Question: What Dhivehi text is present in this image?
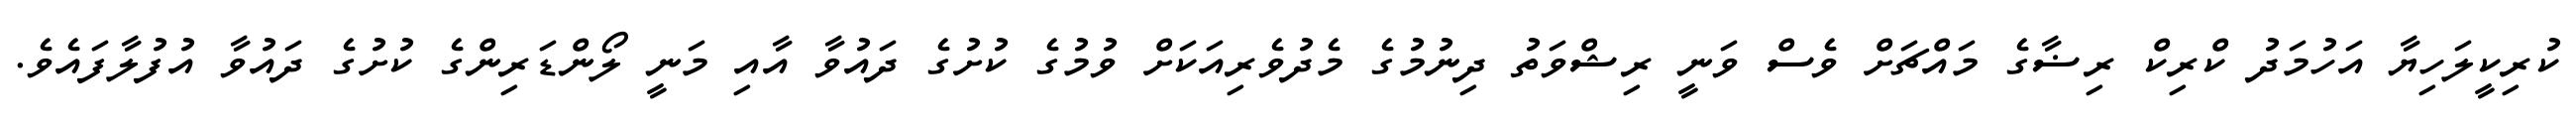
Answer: ކުރިކީލަހިޔާ އަހުމަދު ކްރިކް ރިޟާގެ މައްޗަށް ވެސް ވަނީ ރިޝްވަތު ދިނުމުގެ މެދުވެރިއަކަށް ވުމުގެ ކުށުގެ ދައުވާ އާއި މަނީ ލޯންޑަރިންގެ ކުށުގެ ދައުވާ އުފުލާފައެވެ.